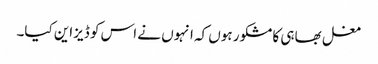
مغل بھاہی کا مشکور ہوں کہ انہوں نے اس کو ڈیزاین کیا۔